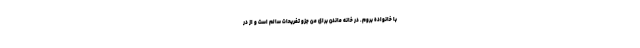
با خانواده بروم. در خانه ماندن برای من جزو تفریحات سالم است و از در